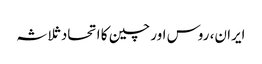
ایران، روس اور چین کا اتحاد ثلاثہ